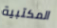
المكتبية